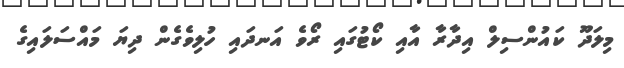
މިލަދޫ ކައުންސިލް އިދާރާ އާއި ކޯޓުގައި ރޯވެ އަނދައި ހުލިވެގެން ދިޔަ މައްސަލައިގެ